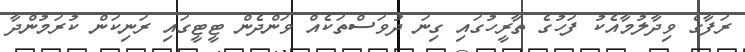
ރަފާގެ ވިދާލުމާއެކު ފަހުގެ ތާރީހުގައި ގިނަ ދުވަސްތަކެއް ވަންދެން ޓީޓީގައި ރަނިކަން ކުރަމުންދާ